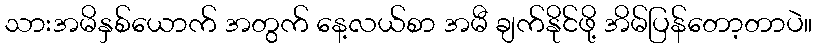
သားအမိနှစ်ယောက် အတွက် နေ့လယ်စာ အမီ ချက်နိုင်ဖို့ အိမ်ပြန်တော့တာပဲ။